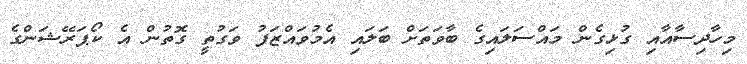
މިހާދިސާއާއި ގުޅިގެން މައްސަލައިގެ ބާވަތަށް ބަލައި އެމުވައްޒަފު ވަގުތީ ގޮތުން އެ ކޯޕަރޭޝަންގެ